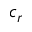
c _ { r }